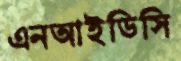
এনআইডিসি